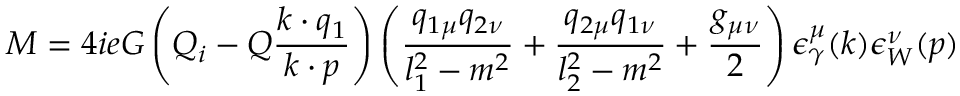
{ \cal M } = 4 i e G \left( Q _ { i } - Q \frac { k \cdot q _ { 1 } } { k \cdot p } \right) \left( \frac { q _ { 1 \mu } q _ { 2 \nu } } { l _ { 1 } ^ { 2 } - m ^ { 2 } } + \frac { q _ { 2 \mu } q _ { 1 \nu } } { l _ { 2 } ^ { 2 } - m ^ { 2 } } + \frac { g _ { \mu \nu } } { 2 } \right) \epsilon _ { \gamma } ^ { \mu } ( k ) \epsilon _ { W } ^ { \nu } ( p )